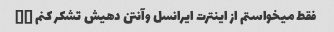
فقط میخواستم از اینترت ایرانسل وآنتن دهیش تشکر کنم ❤❤